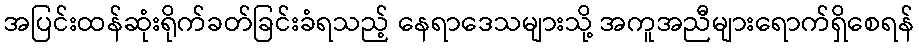
အပြင်းထန်ဆုံးရိုက်ခတ်ခြင်းခံရသည့် နေရာဒေသများသို့ အကူအညီများရောက်ရှိစေရန်